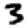
Digit: 3